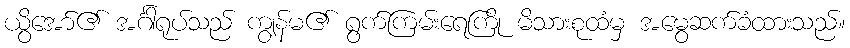
ယွိအော်၏ အင်္ဂါရုပ်သည် ကျွန်မ၏ ရွက်ကြမ်းရေကြို မိသားစုထံမှ အမွေဆက်ခံထားသည်။